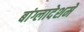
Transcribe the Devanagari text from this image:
बांग्लादेशमें